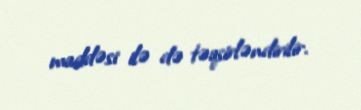
maddəsi ilə də təqsirləndirilir.